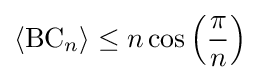
\langle {\text{BC}}_{n}\rangle \leq n\cos \left({\frac {\pi }{n}}\right)